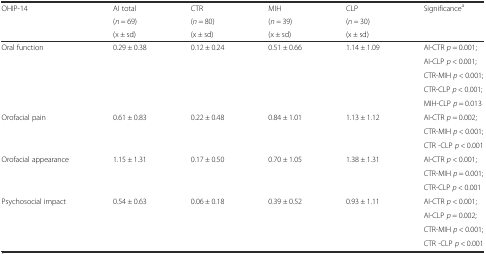
<table><thead><tr><td rowspan="3"><b>OHIP-14</b></td><td><b>AI total</b></td><td><b>CTR</b></td><td><b>MIH</b></td><td><b>CLP</b></td><td rowspan="3"><b>Significance<sup>a</sup></b></td></tr><tr><td><b>(<i>n</i> = 69)</b></td><td><b>(<i>n</i> = 80)</b></td><td><b>(<i>n</i> = 39)</b></td><td><b>(<i>n</i> = 30)</b></td></tr><tr><td><b>(x ± sd)</b></td><td><b>(x ± sd)</b></td><td><b>(x ± sd)</b></td><td><b>(x ± sd)</b></td></tr></thead><tbody><tr><td rowspan="5">Oral function</td><td rowspan="5">0.29 ± 0.38</td><td rowspan="5">0.12 ± 0.24</td><td rowspan="5">0.51 ± 0.66</td><td rowspan="5">1.14 ± 1.09</td><td>AI-CTR <i>p</i> = 0.001;</td></tr><tr><td>AI-CLP <i>p</i> &lt; 0.001;</td></tr><tr><td>CTR-MIH <i>p</i> &lt; 0.001;</td></tr><tr><td>CTR-CLP <i>p</i> &lt; 0.001;</td></tr><tr><td>MIH-CLP <i>p</i> = 0.013</td></tr><tr><td rowspan="3">Orofacial pain</td><td rowspan="3">0.61 ± 0.83</td><td rowspan="3">0.22 ± 0.48</td><td rowspan="3">0.84 ± 1.01</td><td rowspan="3">1.13 ± 1.12</td><td>AI-CTR <i>p</i> = 0.002;</td></tr><tr><td>CTR-MIH <i>p</i> &lt; 0.001;</td></tr><tr><td>CTR -CLP <i>p</i> &lt; 0.001</td></tr><tr><td rowspan="3">Orofacial appearance</td><td rowspan="3">1.15 ± 1.31</td><td rowspan="3">0.17 ± 0.50</td><td rowspan="3">0.70 ± 1.05</td><td rowspan="3">1.38 ± 1.31</td><td>AI-CTR <i>p</i> &lt; 0.001;</td></tr><tr><td>CTR-MIH <i>p</i> = 0.001;</td></tr><tr><td>CTR-CLP <i>p</i> &lt; 0.001</td></tr><tr><td rowspan="4">Psychosocial impact</td><td rowspan="4">0.54 ± 0.63</td><td rowspan="4">0.06 ± 0.18</td><td rowspan="4">0.39 ± 0.52</td><td rowspan="4">0.93 ± 1.11</td><td>AI-CTR <i>p</i> &lt; 0.001;</td></tr><tr><td>AI-CLP <i>p</i> = 0.002;</td></tr><tr><td>CTR-MIH <i>p</i> &lt; 0.001;</td></tr><tr><td>CTR -CLP <i>p</i> &lt; 0.001</td></tr></tbody></table>